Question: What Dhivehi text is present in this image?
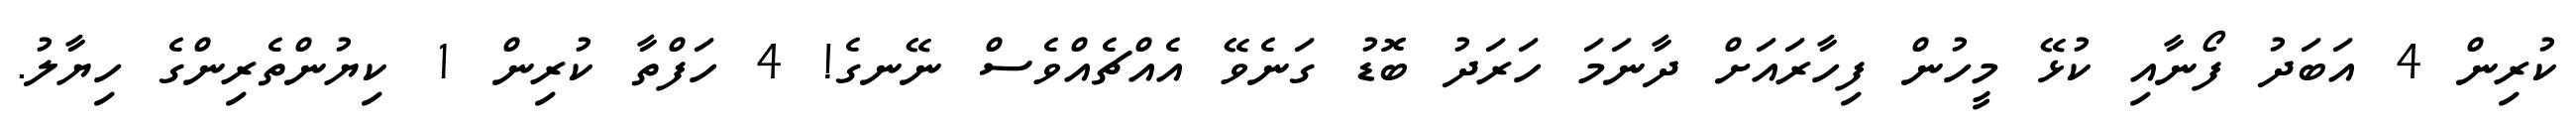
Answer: ކުރިން 4 އަބަދު ފޯނާއި ކުޅޭ މީހުން ފިހާރައަށް ދާނަމަ ހަރަދު ބޮޑު ގަނެވޭ އެއްޗެއްވެސް ނޭނގެ! 4 ހަފްތާ ކުރިން 1 ކިޔުންތެރިންގެ ހިޔާލު.